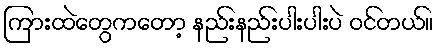
ကြားထဲတွေကတော့ နည်းနည်းပါးပါးပဲ ဝင်တယ်။